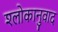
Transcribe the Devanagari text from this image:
श्‍लोकानुवाद